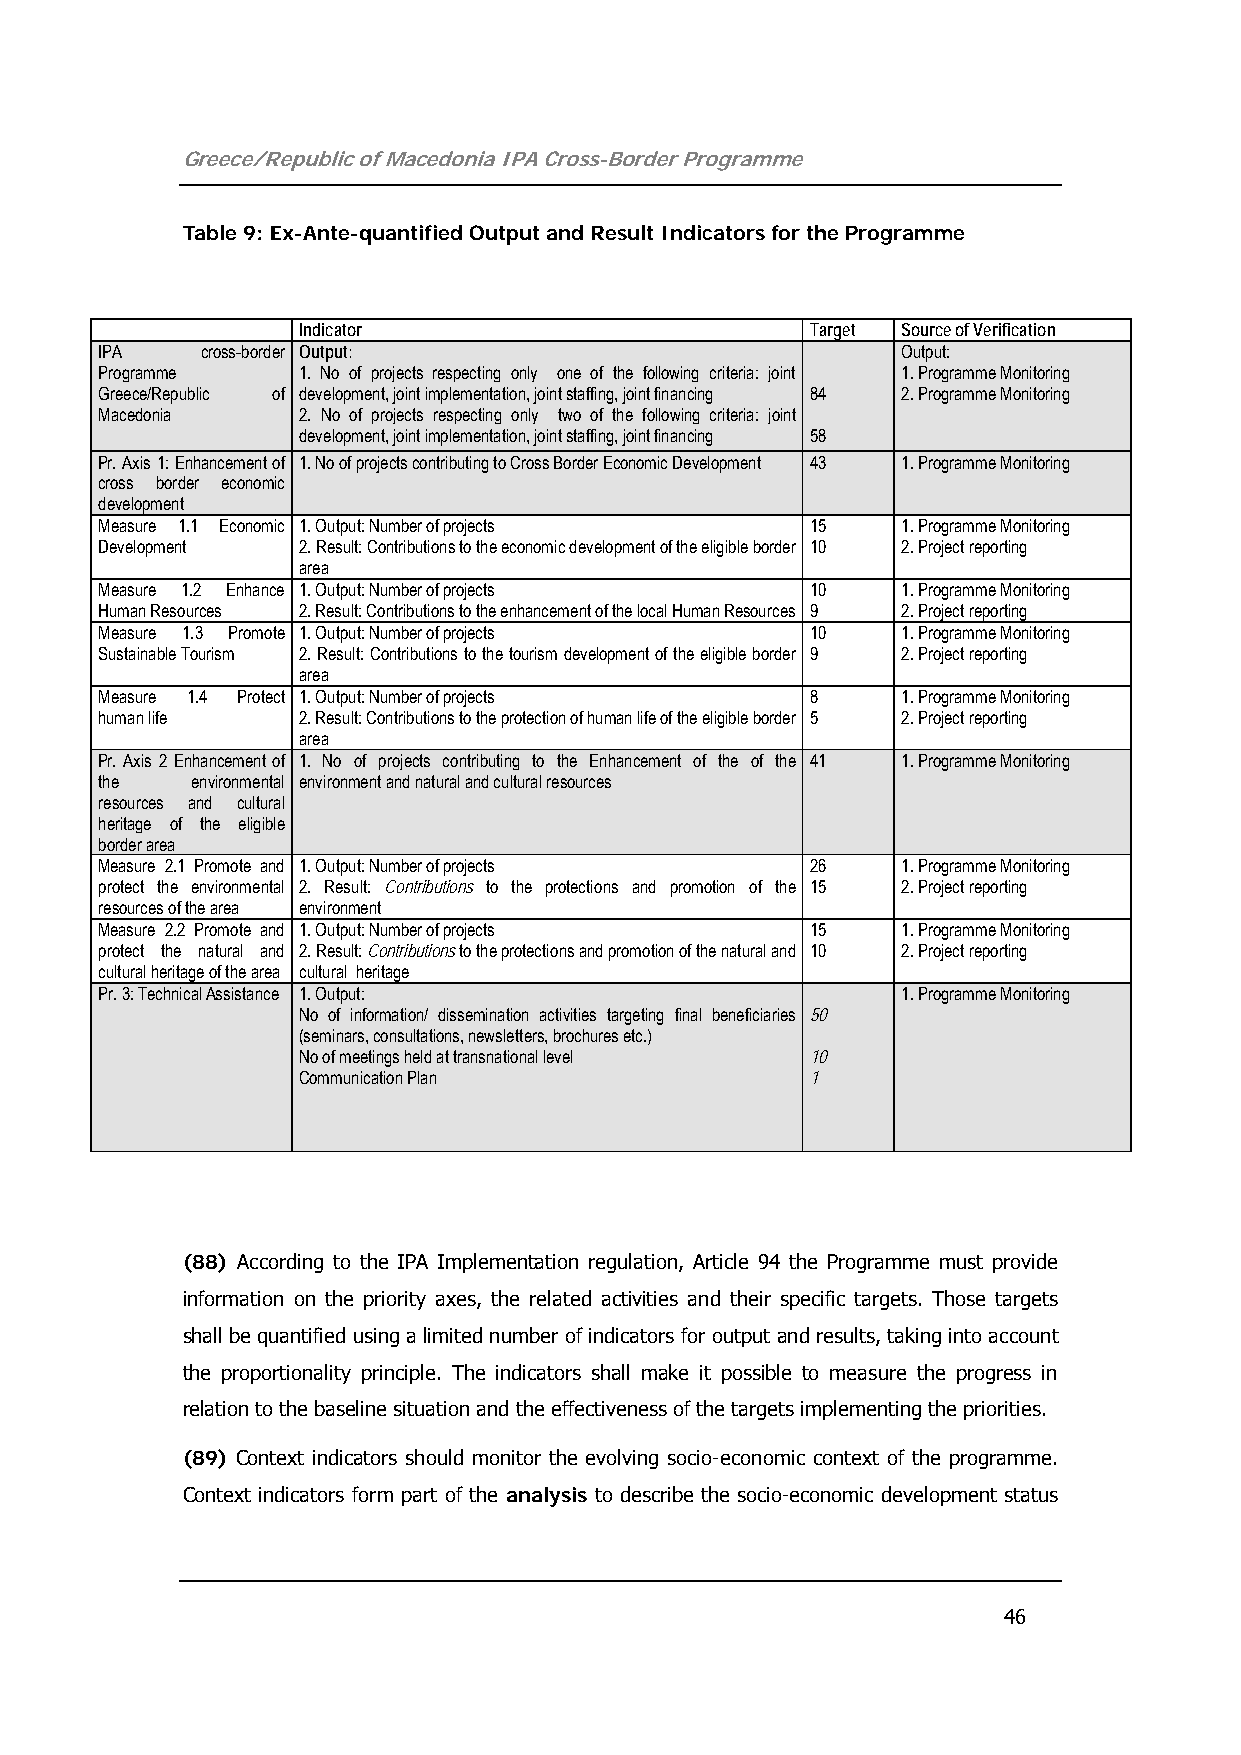
Greece/Republic of Macedonia IPA Cross-Border Programme
 Table 9: Ex-Ante-quantified Output and Result Indicators for the Programme
 Indicator                         Target Source of Verification
 IPA   cross-border Output:                           Output:
 Programme    1. No of projects respecting only one of the following criteria: joint 1. Programme Monitoring
 Greece/Republic of development, joint implementation, joint staffing, joint financing 84 2. Programme Monitoring
 Macedonia    2. No of projects respecting only two of the following criteria: joint
 development, joint implementation, joint staffing, joint financing 58
 Pr. Axis 1: Enhancement of 1. No of projects contributing to Cross Border Economic Development 43 1. Programme Monitoring
 cross border economic
 development
 Measure 1.1 Economic 1. Output: Number of projects 15 1. Programme Monitoring
 Development  2. Result: Contributions to the economic development of the eligible border 10 2. Project reporting
 area
 Measure 1.2 Enhance 1. Output: Number of projects 10 1. Programme Monitoring
 Human Resources 2. Result: Contributions to the enhancement of the local Human Resources 9 2. Project reporting
 Measure 1.3 Promote 1. Output: Number of projects 10 1. Programme Monitoring
 Sustainable Tourism 2. Result: Contributions to the tourism development of the eligible border 9 2. Project reporting
 area
 Measure 1.4 Protect 1. Output: Number of projects 8  1. Programme Monitoring
 human life   2. Result: Contributions to the protection of human life of the eligible border 5 2. Project reporting
 area
 Pr. Axis 2 Enhancement of 1. No of projects contributing to the Enhancement of the of the 41 1. Programme Monitoring
 the   environmental environment and natural and cultural resources
 resources and cultural
 heritage of the eligible
 border area
 Measure 2.1 Promote and 1. Output: Number of projects 26 1. Programme Monitoring
 protect the environmental 2. Result: Contributions to the protections and promotion of the 15 2. Project reporting
 resources of the area environment
 Measure 2.2 Promote and 1. Output: Number of projects 15 1. Programme Monitoring
 protect the natural and 2. Result: Contributions to the protections and promotion of the natural and 10 2. Project reporting
 cultural heritage of the area cultural heritage
 Pr. 3: Technical Assistance 1. Output:               1. Programme Monitoring
 No of information/ dissemination activities targeting final beneficiaries 50
 (seminars, consultations, newsletters, brochures etc.)
 No of meetings held at transnational level 10
 Communication Plan                1
 (88) According to the IPA Implementation regulation, Article 94 the Programme must provide
 information on the priority axes, the related activities and their specific targets. Those targets
 shall be quantified using a limited number of indicators for output and results, taking into account
 the proportionality principle. The indicators shall make it possible to measure the progress in
 relation to the baseline situation and the effectiveness of the targets implementing the priorities.
 (89) Context indicators should monitor the evolving socio-economic context of the programme.
 Context indicators form part of the analysis to describe the socio-economic development status
 46